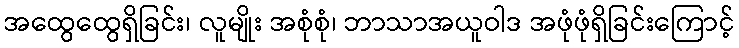
အထွေထွေရှိခြင်း၊ လူမျိုး အစုံစုံ၊ ဘာသာအယူဝါဒ အဖုံဖုံရှိခြင်းကြောင့်